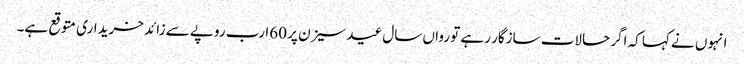
انہوں نے کہا کہ اگر حالات سازگار رہے تو رواں سال عید سیزن پر 60ارب روپے سے زائد خریداری متوقع ہے۔